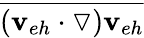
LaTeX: \overline{{(\mathbf{v}_{eh}\cdot\triangledown)\mathbf{v}_{eh}}}